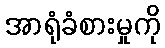
အာရုံခံစားမှုကို